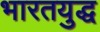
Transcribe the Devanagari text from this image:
भारतयुद्ध